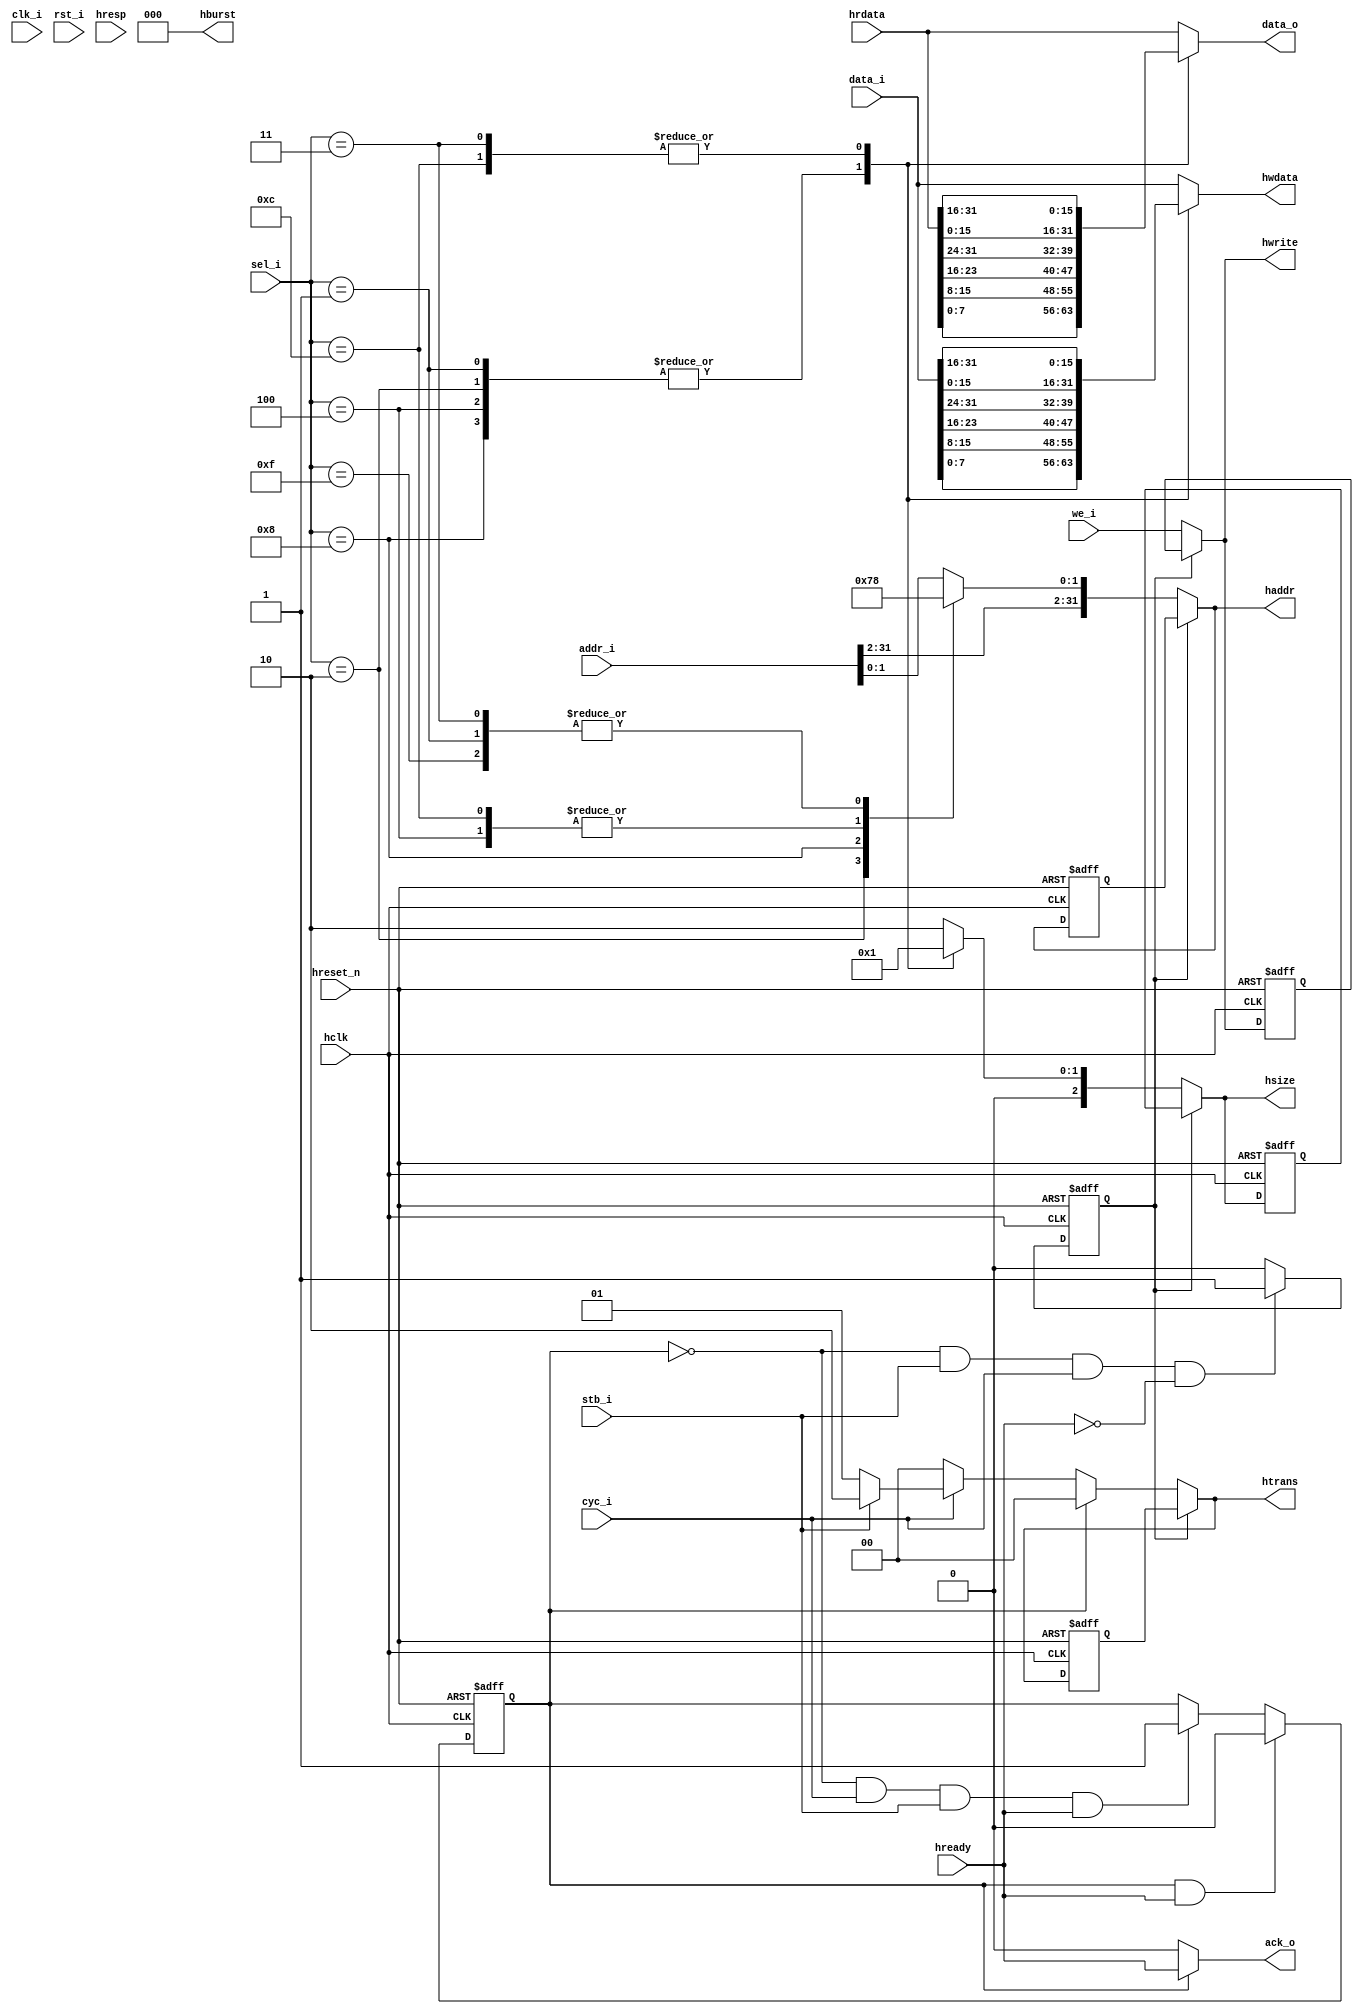
//Title       : 
//Description : Simple Wishbone to AHB bridge
//Limitations : No burst support. No error support. WB side is always
//              big endian.
//Notes       : 
//----------------------------------------------------------------------
//   Copyright 1999-2010 Cadence Design Systems, Inc.
//   All Rights Reserved Worldwide
//
//   Licensed under the Apache License, Version 2.0 (the
//   "License"); you may not use this file except in
//   compliance with the License.  You may obtain a copy of
//   the License at
//
//       http://www.apache.org/licenses/LICENSE-2.0
//
//   Unless required by applicable law or agreed to in
//   writing, software distributed under the License is
//   distributed on an "AS IS" BASIS, WITHOUT WARRANTIES OR
//   CONDITIONS OF ANY KIND, either express or implied.  See
//   the License for the specific language governing
//   permissions and limitations under the License.
//----------------------------------------------------------------------
//
//

module wb2ahb (
  // Wishbone ports from WB master
  clk_i,
  rst_i,
  cyc_i,
  stb_i,
  sel_i,
  we_i,
  addr_i,
  data_i,
  data_o,
  ack_o,

  // AHB ports to AHB slave
  hclk,
  hreset_n,
  htrans,
  hsize,
  hburst,
  hwrite,
  haddr,
  hwdata,
  hrdata,
  hready,
  hresp

);

// Parameters
parameter ADDR_WIDTH = 32, DATA_WIDTH = 32;

// Wishbone ports
input  clk_i;
input  rst_i;
input  cyc_i;
input  stb_i;
input  [3:0] sel_i;
input  we_i;
input  [ADDR_WIDTH-1:0] addr_i;
input  [DATA_WIDTH-1:0] data_i;
output [DATA_WIDTH-1:0] data_o; reg [DATA_WIDTH-1:0] data_o;
output ack_o;

// AHB ports
input  hclk;
input  hreset_n;
input  [DATA_WIDTH-1:0] hrdata;
input [1:0] hresp;
input hready;
output  [1:0] htrans;
output  [2:0] hsize;
output  [2:0] hburst;
output  hwrite;
output  [ADDR_WIDTH-1:0] haddr;
output [DATA_WIDTH-1:0] hwdata;

reg  [DATA_WIDTH-1:0] hwdata; 

// Signals
reg ahb_prev_addr_hold;
reg ahb_data_phase;
reg [1:0] trans;
reg [2:0] size;
reg [ADDR_WIDTH-1:0] addr_hold;
reg [1:0] trans_hold;
reg [2:0] size_hold;
reg write_hold;
reg [ADDR_WIDTH-1:0] wb_adr_fixed;

// Fix up the wishbone address for masters that dont do the right thing
// when reading 16-bit or 8-bit data over the 32-bit bus (e.g. opencores
// ethernet core)
always @(addr_i, sel_i) 
begin
  wb_adr_fixed[ADDR_WIDTH-1:2] = addr_i[ADDR_WIDTH-1:2];
  
`ifdef SYSTEM_BIG_ENDIAN
  case (sel_i)
    4'b0001 : wb_adr_fixed[1:0] = 2'b11;
    4'b0010 : wb_adr_fixed[1:0] = 2'b10;
    4'b0100 : wb_adr_fixed[1:0] = 2'b01;
    4'b1000 : wb_adr_fixed[1:0] = 2'b00;
    4'b0011 : wb_adr_fixed[1:0] = 2'b10;
    4'b1100 : wb_adr_fixed[1:0] = 2'b00;
    4'b1111 : wb_adr_fixed[1:0] = 2'b00;
    default : wb_adr_fixed[1:0] = addr_i[1:0];
  endcase
`else
  case (sel_i)
    4'b0001 : wb_adr_fixed[1:0] = 2'b00;
    4'b0010 : wb_adr_fixed[1:0] = 2'b01;
    4'b0100 : wb_adr_fixed[1:0] = 2'b10;
    4'b1000 : wb_adr_fixed[1:0] = 2'b11;
    4'b0011 : wb_adr_fixed[1:0] = 2'b00;
    4'b1100 : wb_adr_fixed[1:0] = 2'b10;
    4'b1111 : wb_adr_fixed[1:0] = 2'b00;
    default : wb_adr_fixed[1:0] = addr_i[1:0];
  endcase
`endif

end

always @(posedge hclk or negedge hreset_n) begin
  if (!hreset_n) 
    ahb_prev_addr_hold <= 0;
  else begin
    if (!ahb_data_phase & stb_i & cyc_i & !hready) 
      ahb_prev_addr_hold <= 1;
    else
      ahb_prev_addr_hold <= 0;
  end
end

assign haddr  = ahb_prev_addr_hold ? addr_hold : wb_adr_fixed;
assign htrans = ahb_prev_addr_hold ? trans_hold : trans;
assign hsize  = ahb_prev_addr_hold ? size_hold : size;
assign hwrite = ahb_prev_addr_hold ? write_hold : we_i;
assign ack_o = ahb_data_phase ? hready : 0;

// Only SINGLE transfers are supported
assign hburst = 3'b000; 

// Endian conversion : WB side is always big-endian, AHB side
// is either little or big endian
`ifdef AHB_BIG_ENDIAN
  // AHB big endian
  always @(data_i, hrdata) begin
    hwdata = data_i;
    data_o = hrdata;
  end
`else
  // AHB little endian
  always @(data_i, hrdata, sel_i) begin
    case (sel_i)
      4'b0001,
      4'b0010,
      4'b0100,
      4'b1000 : 
        begin // Byte access
          hwdata = { data_i[7:0], data_i[15:8], data_i[23:16], data_i[31:24] };
          data_o = { hrdata[7:0], hrdata[15:8], hrdata[23:16], hrdata[31:24] };
        end
      4'b0011,
      4'b1100 : 
        begin // 16-bit access
          hwdata = { data_i[15:0], data_i[31:16] };
          data_o = { hrdata[15:0], hrdata[31:16] };
        end
      default : 
        begin // 32-bit access
          hwdata = data_i;
          data_o = hrdata;
        end
    endcase
  end
`endif

always @(posedge hclk or negedge hreset_n) begin
  if (!hreset_n) 
    ahb_data_phase <= 0;
  else begin
    if (ahb_data_phase & hready)
      ahb_data_phase <= 0;
    else if (!ahb_data_phase & cyc_i & stb_i & hready)
      ahb_data_phase <= 1;
  end
end

always @(posedge hclk or negedge hreset_n) begin
  if (!hreset_n) begin
    addr_hold  <= 0;
    trans_hold <= 0;
    size_hold  <= 0;
    write_hold <= 0;
  end
  else begin
    if (!ahb_prev_addr_hold) begin
      addr_hold  <= wb_adr_fixed;
      trans_hold <= trans;
      size_hold  <= size;
      write_hold <= we_i;
    end
  end
end

always @(ahb_data_phase, cyc_i, stb_i) begin
  if (ahb_data_phase)
    trans <= 2'b00; // Idle transfer
  else if (cyc_i) begin
    if (stb_i)
      trans <= 2'b10; // Non-sequential transfer
    else
      trans <= 2'b01; // Busy transfer
  end
  else
    trans <= 2'b00; // Idle transfer
end

always @(sel_i) begin
  case (sel_i)
    4'b0001,
    4'b0010,
    4'b0100,
    4'b1000 : size = 3'b000; // Byte access
    4'b0011,
    4'b1100 : size = 3'b001; // 16-bit access
    4'b1111 : size = 3'b010; // 32-bit access
    default : size = 3'b010; // defaults to 32-bit access
  endcase
end

endmodule